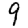
Digit: 9